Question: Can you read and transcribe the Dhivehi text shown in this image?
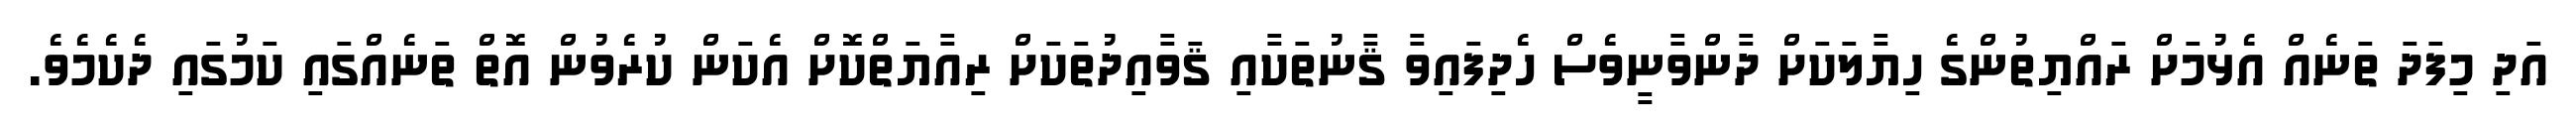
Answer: އަދި މިފަދަ ތަނެއް އެޅުމަށް ރައްޔިތުންގެ ހިޔާލަކަށް ދާންވާނީވެސް ހެދިފައިވާ ޤާނުތަކާއި ޤަވާއިދުތަކަށް ރިއާޔަތްކޮށް އެކަން ކުރެވުން އޮތް ތަނެއްގައި ކަމުގައި ދެކެމެވެ.